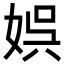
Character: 娯